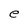
Character: e